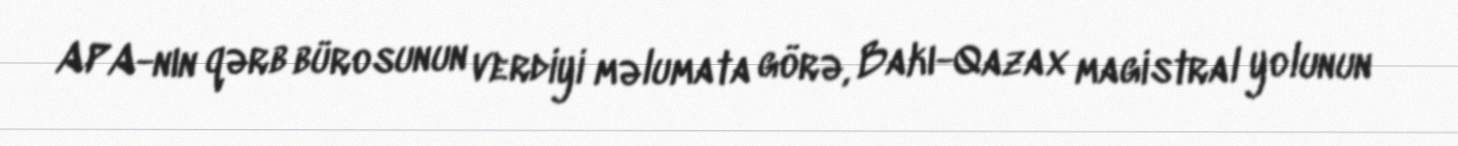
APA-nın qərb bürosunun verdiyi məlumata görə, Bakı-Qazax magistral yolunun